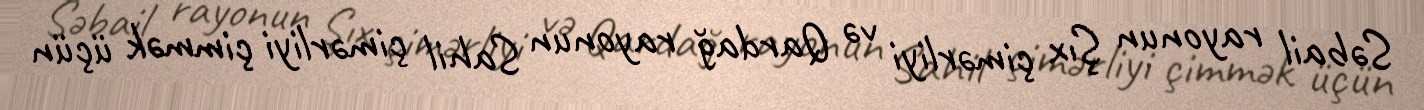
Səbail rayonun Şıx çimərliyi və Qardağ rayonun Sahil çimərliyi çimmək üçün